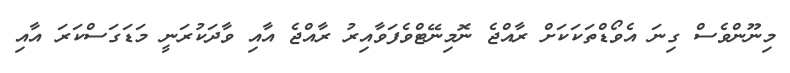
މިނޫންވެސް ގިނަ އެވޯޑްތަކަކަށް ރާއްޖެ ނޮމިނޭޓްވެފަވާއިރު ރާއްޖެ އާއި ވާދަކުރަނީ މަޑަގަސްކަރަ އާއި